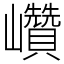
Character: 巑